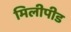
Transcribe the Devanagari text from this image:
मिलीपीड